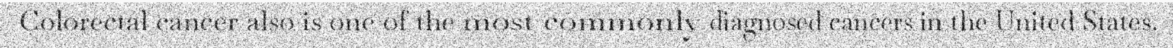
Colorectal cancer also is one of the most commonly diagnosed cancers in the United States.